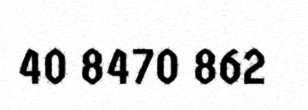
40 8470 862